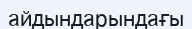
айдындарындағы